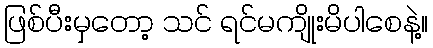
ဖြစ်ပီးမှတော့ သင် ရင်မကျိုးမိပါစေနဲ့။